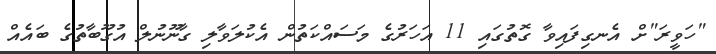
"ހަވީރަ"ށް އެނގިފައިވާ ގޮތުގައި 11 އަހަރުގެ މަސައްކަތުން އެކުލަވާލި ގާނޫނުލް އުގޫބާތުގެ ބައެއް